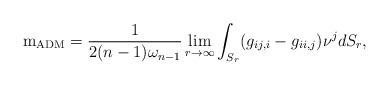
LaTeX: \begin{align*} \mathrm{m}_{\mathrm{ADM}} = \frac{1}{2(n-1)\omega_{n-1}} \lim_{r \to \infty} \int_{S_r} (g_{ij,i} - g_{ii,j})\nu^j dS_r,\end{align*}